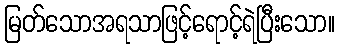
မြတ်သောအရသာဖြင့်ရောင့်ရဲပြီးသော။